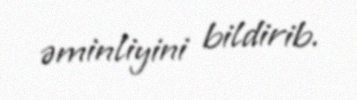
əminliyini bildirib.